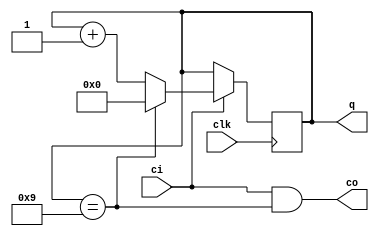
//==================================================================================================
//  Revision      : final
//
//  Description   :  N /
//
//==================================================================================================
module div_q(clk,ci,co,q);
	parameter N=10,CounterBits=4;
	input clk,ci;
	output co;
	output reg[CounterBits-1:0] q=0;
	// N /
	assign co=ci&&(q==N-1);
	always @(posedge clk) begin
		if(ci) begin
			if(q==N-1) begin
				q=0;
			end
			else begin
				q=q+1;
			end
		end
		else begin
			q=q;
		end
	end

endmodule